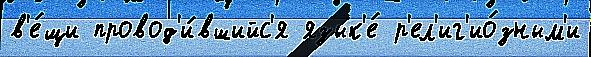
в'е́щи провод'и́вшийс'я язык'е́ р'ел'иг'ио́зным'и